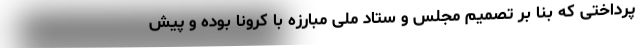
پرداختی که بنا بر تصمیم مجلس و ستاد ملی مبارزه با کرونا بوده و پیش